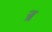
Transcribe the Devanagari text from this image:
न्र